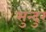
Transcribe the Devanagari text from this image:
सुन्दुर